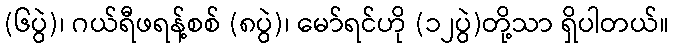
(၆ပွဲ)၊ ဂယ်ရီဖရန့်စစ် (၈ပွဲ)၊ မော်ရင်ဟို (၁၂ပွဲ)တို့သာ ရှိပါတယ်။